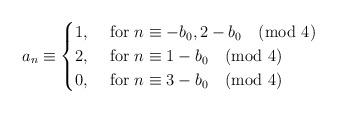
LaTeX: \begin{align*}a_n \equiv\begin{cases}1, &\mbox{ for } n\equiv -b_0, 2-b_0\pmod{4} \\2, &\mbox{ for } n\equiv 1-b_0\pmod{4} \\0, &\mbox{ for } n\equiv 3-b_0\pmod{4} \\\end{cases}\end{align*}